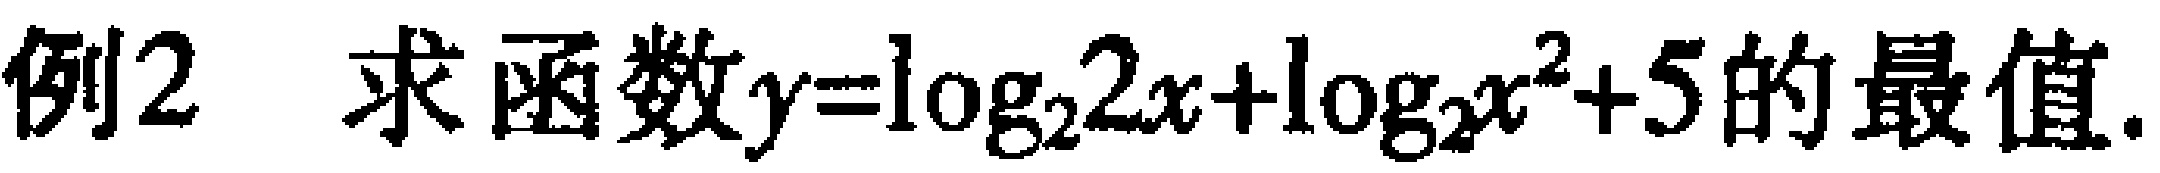
例2 求函数$y = \log_{2}2x+\log_{2}x^{2}+5$的最值.